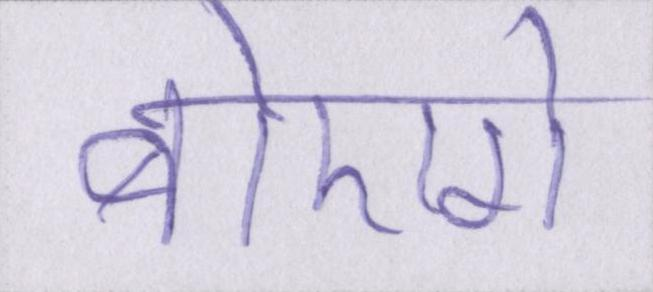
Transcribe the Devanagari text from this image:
बोएगे